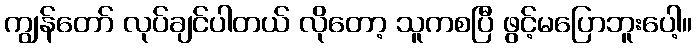
ကျွန်တော် လုပ်ချင်ပါတယ် လိုတော့ သူကစပြီ ဖွင့်မပြောဘူးပေါ့။